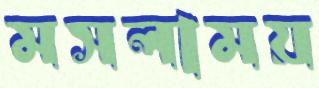
মসলাময়